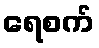
ရေစက်